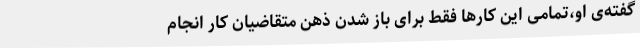
گفته‌ی او،تمامی این کارها فقط برای باز شدن ذهن متقاضیان کار انجام